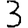
Digit: 3